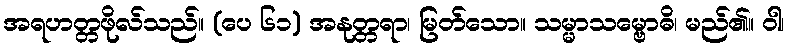
အရဟတ္တဖိုလ်သည်။ (ပေ ၆၁) အနုတ္တရာ၊ မြတ်သော။ သမ္မာသမ္ဗောဓိ၊ မည်၏။ ဝါ၊